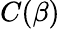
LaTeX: C(\beta)